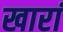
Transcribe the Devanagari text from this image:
खारां